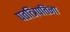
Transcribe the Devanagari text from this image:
पतत्त्रिपतिना